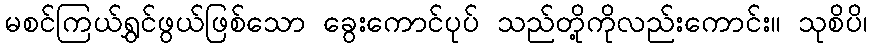
မစင်ကြယ်ရွှင်ဖွယ်ဖြစ်သော ခွေးကောင်ပုပ် သည်တို့ကိုလည်းကောင်း။ သုစိပိ၊